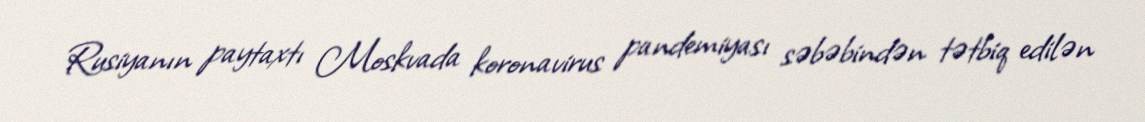
Rusiyanın paytaxtı Moskvada koronavirus pandemiyası səbəbindən tətbiq edilən